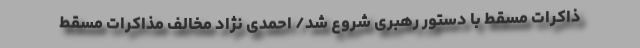
ذاکرات مسقط با دستور رهبری شروع شد/ احمدی نژاد مخالف مذاکرات مسقط